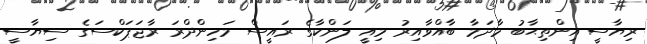
ރިޔާސީ އިންތިޙާބު މާދަމާ ބާއްވާއިރު މިއީ ލަންކާގެ ރައީސް މަހިންދްރަ ރާޖަޕަކްސަގެ ސިޔާސީ